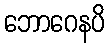
ဘောဂေနပိ